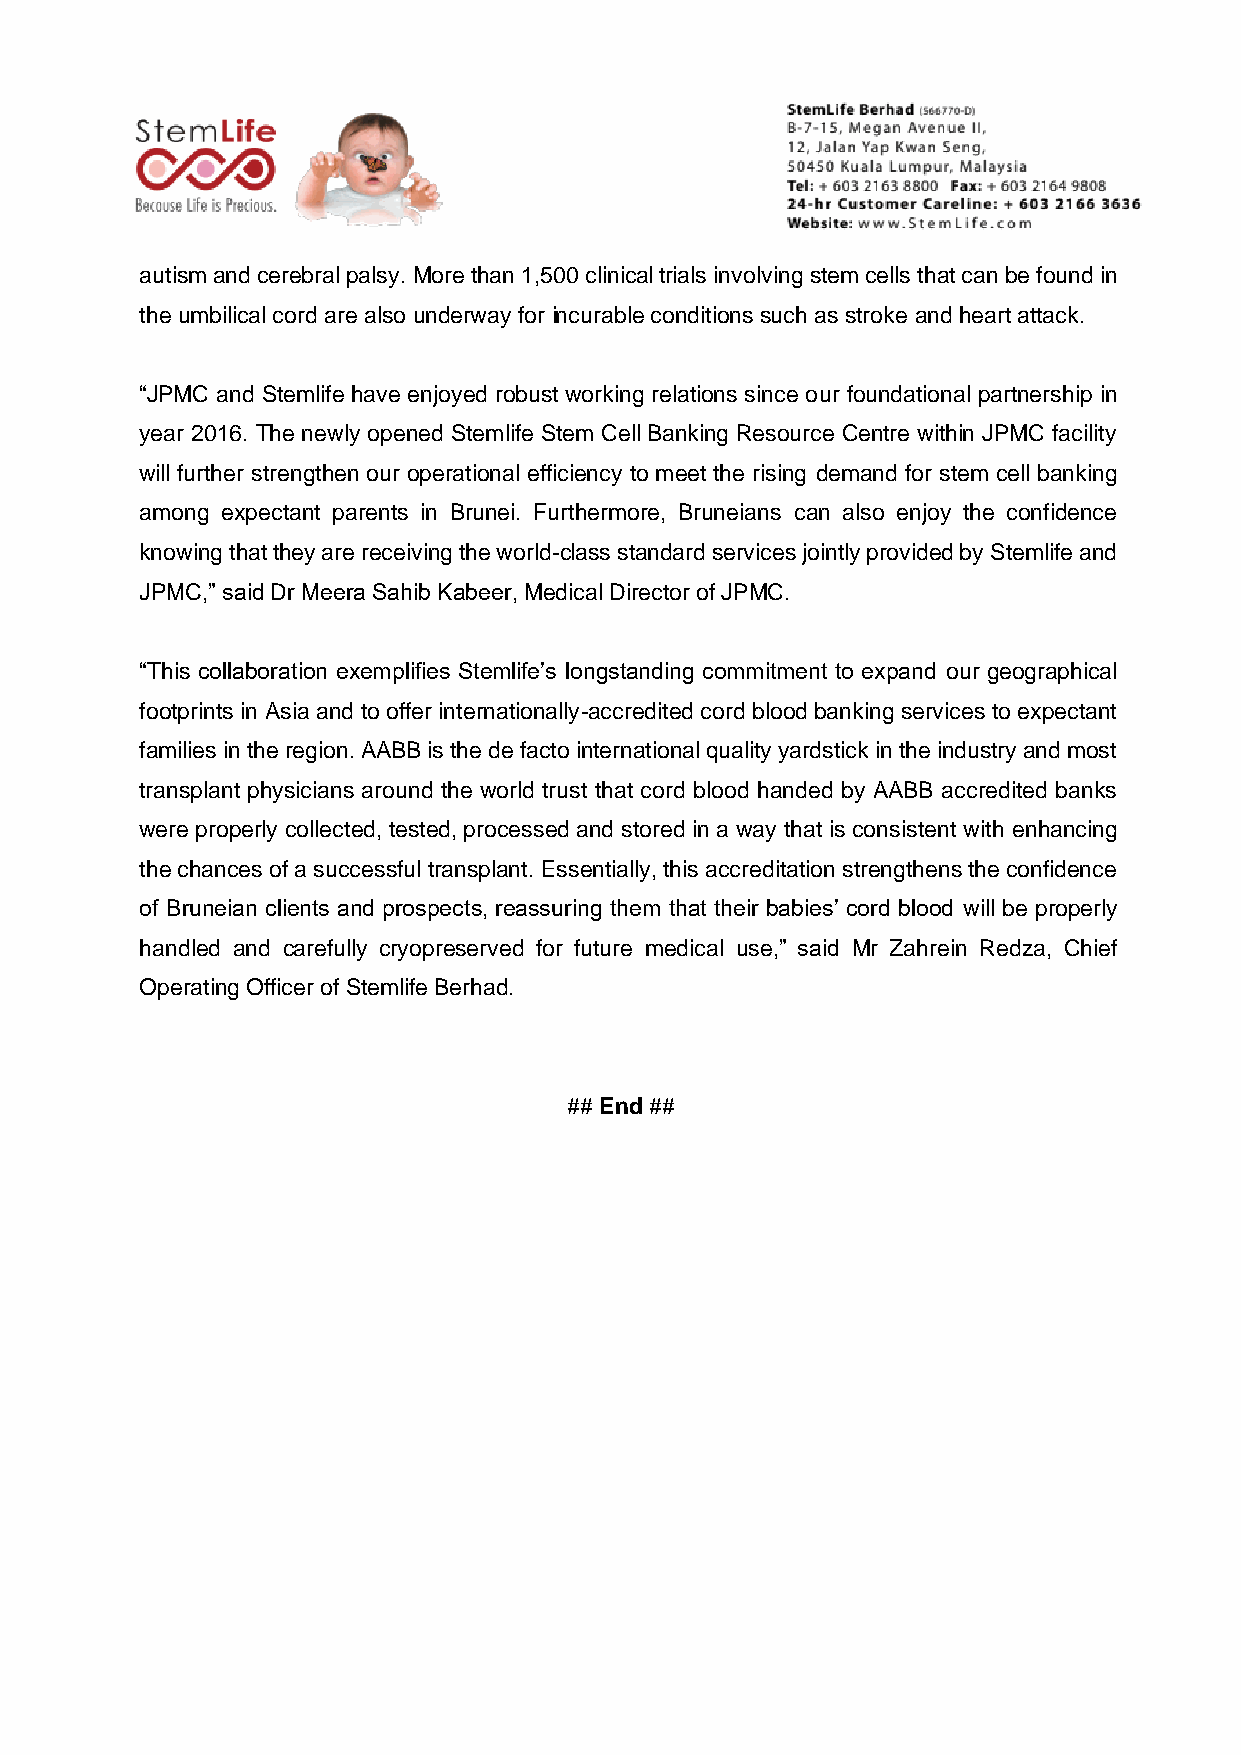
autism and cerebral palsy. More than 1,500 clinical trials involving stem cells that can be found in
 the umbilical cord are also underway for incurable conditions such as stroke and heart attack.
 “JPMC and Stemlife have enjoyed robust working relations since our foundational partnership in
 year 2016. The newly opened Stemlife Stem Cell Banking Resource Centre within JPMC facility
 will further strengthen our operational efficiency to meet the rising demand for stem cell banking
 among expectant parents in Brunei. Furthermore, Bruneians can also enjoy the confidence
 knowing that they are receiving the world-class standard services jointly provided by Stemlife and
 JPMC,” said Dr Meera Sahib Kabeer, Medical Director of JPMC.
 “This collaboration exemplifies Stemlife’s longstanding commitment to expand our geographical
 footprints in Asia and to offer internationally-accredited cord blood banking services to expectant
 families in the region. AABB is the de facto international quality yardstick in the industry and most
 transplant physicians around the world trust that cord blood handed by AABB accredited banks
 were properly collected, tested, processed and stored in a way that is consistent with enhancing
 the chances of a successful transplant. Essentially, this accreditation strengthens the confidence
 of Bruneian clients and prospects, reassuring them that their babies’ cord blood will be properly
 handled and carefully cryopreserved for future medical use,” said Mr Zahrein Redza, Chief
 Operating Officer of Stemlife Berhad.
 ## End ##